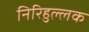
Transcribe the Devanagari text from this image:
निरिहुल्लक